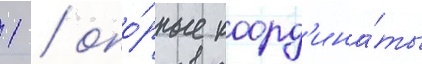
1 / опо́рные коорд'ина́ты